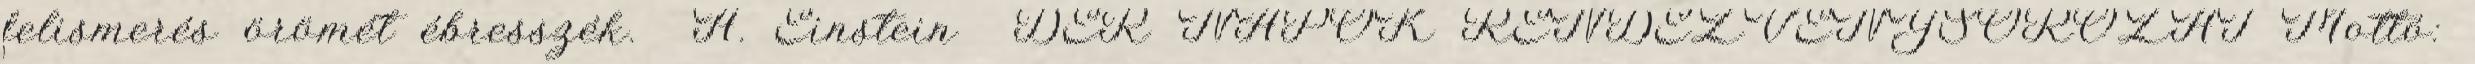
felismerés örömét ébresszék. A. Einstein DÉR NAPOK RENDEZVÉNYSOROZAT Mottó: